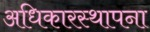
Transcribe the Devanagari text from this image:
अधिकारस्थापना